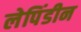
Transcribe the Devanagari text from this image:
लेपिंडीन